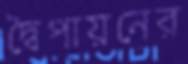
দ্বৈপায়নের